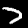
Label: 7